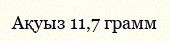
Ақуыз 11,7 грамм